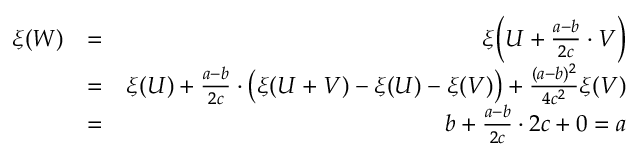
\begin{array} { r l r } { \xi ( W ) } & { = } & { \xi \Bigl ( U + \frac { a - b } { 2 c } \cdot V \Bigr ) } \\ & { = } & { \xi ( U ) + \frac { a - b } { 2 c } \cdot \bigl ( \xi ( U + V ) - \xi ( U ) - \xi ( V ) \bigr ) + \frac { ( a - b ) ^ { 2 } } { 4 c ^ { 2 } } \xi ( V ) } \\ & { = } & { b + \frac { a - b } { 2 c } \cdot 2 c + 0 = a } \end{array}